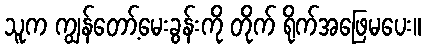
သူက ကျွန်တော့်မေးခွန်းကို တိုက် ရိုက်အဖြေမပေး။